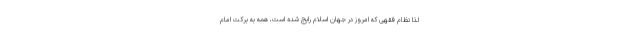
لذا نظام فقهی که امروز در جهان اسلام رایج شده است، همه به برکت امام